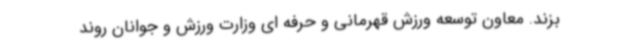
بزند. معاون توسعه ورزش قهرمانی و حرفه ای وزارت ورزش و جوانان روند